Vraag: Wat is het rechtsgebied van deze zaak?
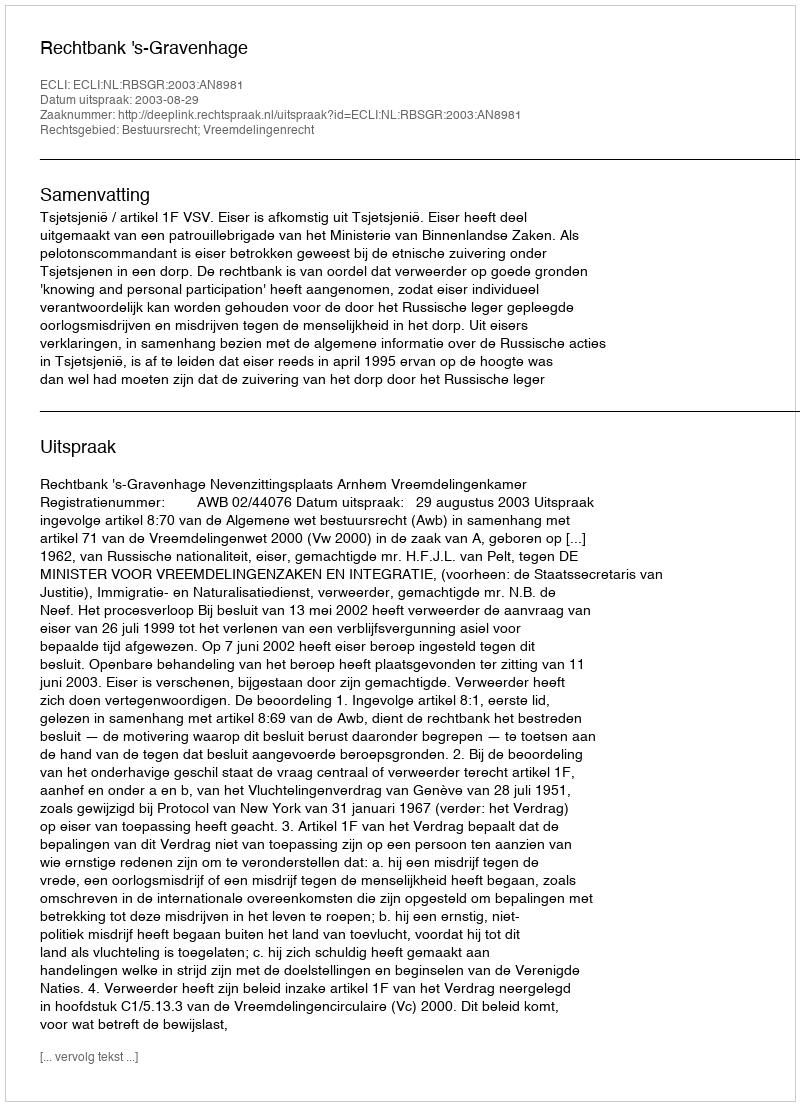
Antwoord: Bestuursrecht; Vreemdelingenrecht